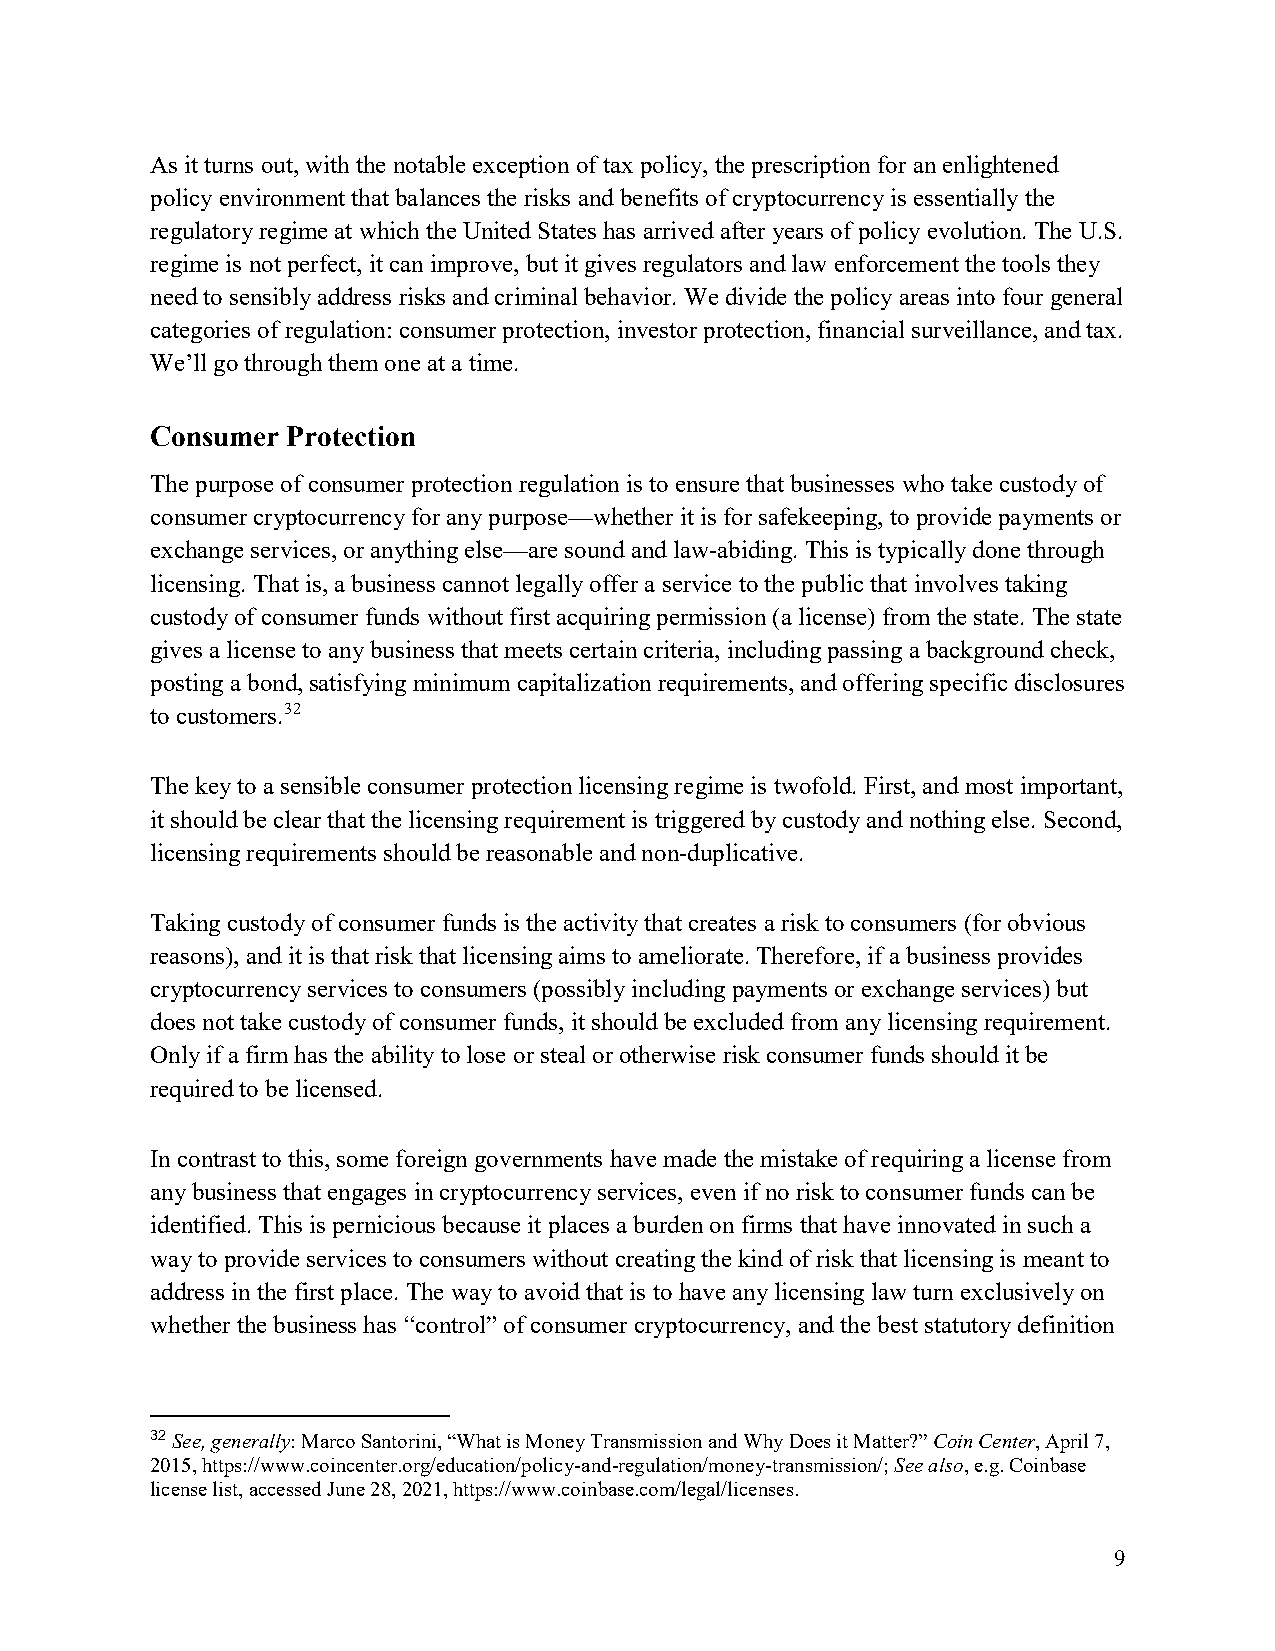
As it turns out, with the notable exception of tax policy, the prescription for an enlightened
 policy environment that balances the risks and benefits of cryptocurrency is essentially the
 regulatory regime at which the United States has arrived after years of policy evolution. The U.S.
 regime is not perfect, it can improve, but it gives regulators and law enforcement the tools they
 need to sensibly address risks and criminal behavior. We divide the policy areas into four general
 categories of regulation: consumer protection, investor protection, financial surveillance, and tax.
 We’ll go through them one at a time.
 Consumer Protection
 The purpose of consumer protection regulation is to ensure that businesses who take custody of
 consumer cryptocurrency for any purpose—whether it is for safekeeping, to provide payments or
 exchange services, or anything else—are sound and law-abiding. This is typically done through
 licensing. That is, a business cannot legally offer a service to the public that involves taking
 custody of consumer funds without first acquiring permission (a license) from the state. The state
 gives a license to any business that meets certain criteria, including passing a background check,
 posting a bond, satisfying minimum capitalization requirements, and offering specific disclosures
 to customers.32
 The key to a sensible consumer protection licensing regime is twofold. First, and most important,
 it should be clear that the licensing requirement is triggered by custody and nothing else. Second,
 licensing requirements should be reasonable and non-duplicative.
 Taking custody of consumer funds is the activity that creates a risk to consumers (for obvious
 reasons), and it is that risk that licensing aims to ameliorate. Therefore, if a business provides
 cryptocurrency services to consumers (possibly including payments or exchange services) but
 does not take custody of consumer funds, it should be excluded from any licensing requirement.
 Only if a firm has the ability to lose or steal or otherwise risk consumer funds should it be
 required to be licensed.
 In contrast to this, some foreign governments have made the mistake of requiring a license from
 any business that engages in cryptocurrency services, even if no risk to consumer funds can be
 identified. This is pernicious because it places a burden on firms that have innovated in such a
 way to provide services to consumers without creating the kind of risk that licensing is meant to
 address in the first place. The way to avoid that is to have any licensing law turn exclusively on
 whether the business has “control” of consumer cryptocurrency, and the best statutory definition
 32 See, generally: Marco Santorini, “What is Money Transmission and Why Does it Matter?” Coin Center, April 7,
 2015, https://www.coincenter.org/education/policy-and-regulation/money-transmission/; See also, e.g. Coinbase
 license list, accessed June 28, 2021, https://www.coinbase.com/legal/licenses.
 9